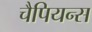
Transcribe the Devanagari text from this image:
चैपियन्स